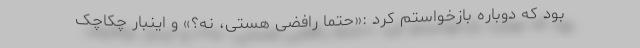
بود که دوباره بازخواستم کرد :«حتماً رافضی هستی، نه؟» و اینبار چکاچک